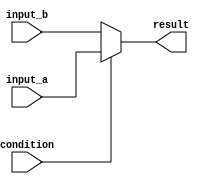
module if_else_statement (
    input wire condition,
    input wire input_a,
    input wire input_b,
    output reg result
);

always @(*) begin
    if (condition) begin
         result = input_a;
    end else begin
         result = input_b;
    end
end

endmodule